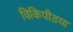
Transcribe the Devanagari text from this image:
विकिपीडया